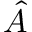
\hat { A }